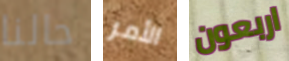
حالنا الأمر اربعون